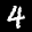
Label: 4